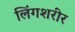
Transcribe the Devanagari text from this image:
लिंगशरीर